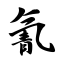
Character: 氰